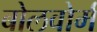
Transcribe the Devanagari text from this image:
बोलवोर्म